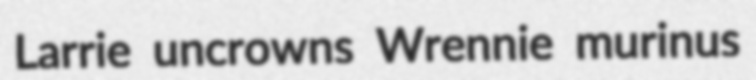
Larrie uncrowns Wrennie murinus